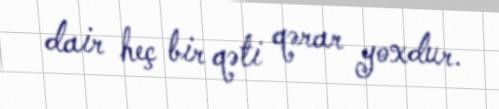
dair heç bir qəti qərar yoxdur.